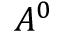
A ^ { 0 }